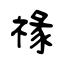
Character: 禒